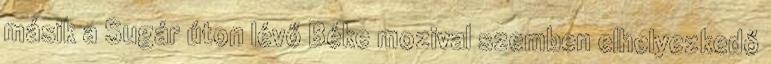
másik a Sugár úton lévő Béke mozival szemben elhelyezkedő